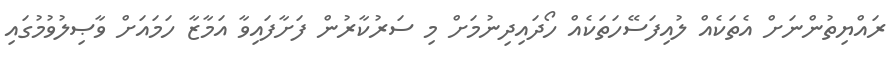
ރައްޔިތުންނަށް އެތަކެއް ލުއިފަސޭހަތަކެއް ހޯދައިދިނުމަށް މި ސަރުކާރުން ފަށާފައިވާ އަމާޒާ ހަމައަށް ވާޞިލުވުމުގައި